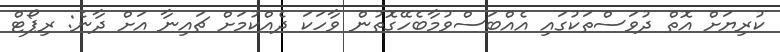
ކުރިޔަށް އޮތް ދުވަސްތަކުގައި އެއްބަސްވުމާބެހޭގޮތުން ވާހަކަ ދެއްކުމަށް ޗައިނާ އަށް ދާނެ: ރިޕޯޓް